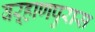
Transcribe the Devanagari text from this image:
वऱ्हाणपुरास